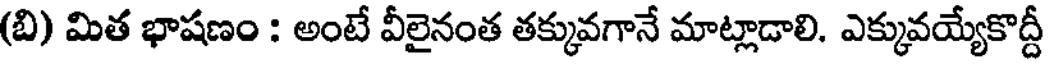
(బి) మిత భాషణం : అంటే వీలైనంత తక్కువగానే మాట్లాడాలి. ఎక్కువయ్యేకొద్దీ